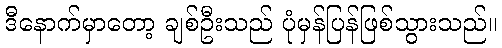
ဒီနောက်မှာတော့ ချစ်ဦးသည် ပုံမှန်ပြန်ဖြစ်သွားသည်။